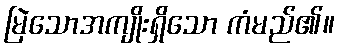
မြဲသောအကျိုးရှိသော ကံမည်၏။